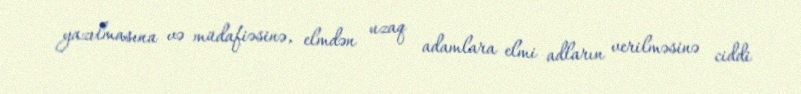
yazılmasına və müdafiəsinə, elmdən uzaq adamlara elmi adların verilməsinə ciddi